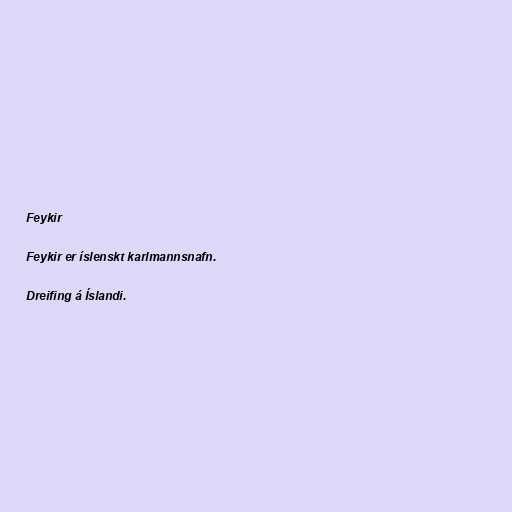
Feykir

Feykir er íslenskt karlmannsnafn.

Dreifing á Íslandi.